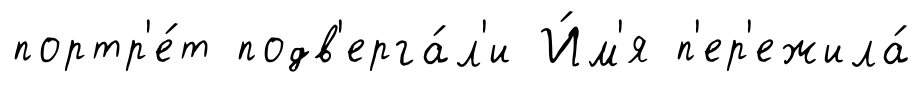
портр'е́т подв'ерга́л'и И́м'я п'ер'ежила́